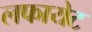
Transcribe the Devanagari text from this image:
लफायेट